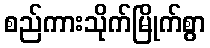
စည်ကားသိုက်မြိုက်စွာ